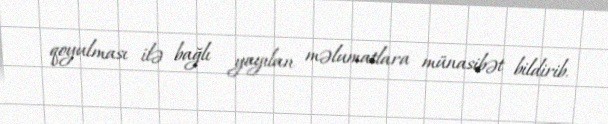
qoyulması ilə bağlı yayılan məlumatlara münasibət bildirib.